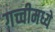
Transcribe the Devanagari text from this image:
गच्चीमध्ये